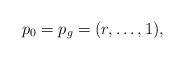
LaTeX: \begin{align*}p_0 = p_g = (r, \ldots, 1),\end{align*}